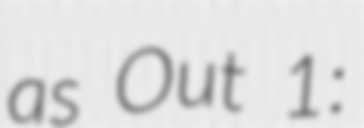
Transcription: as Out 1: